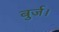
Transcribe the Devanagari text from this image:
बुर्ज।